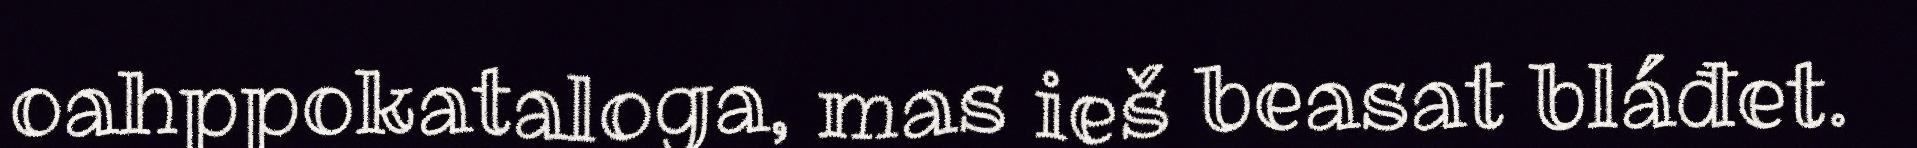
oahppokataloga, mas ieš beasat bláđet.